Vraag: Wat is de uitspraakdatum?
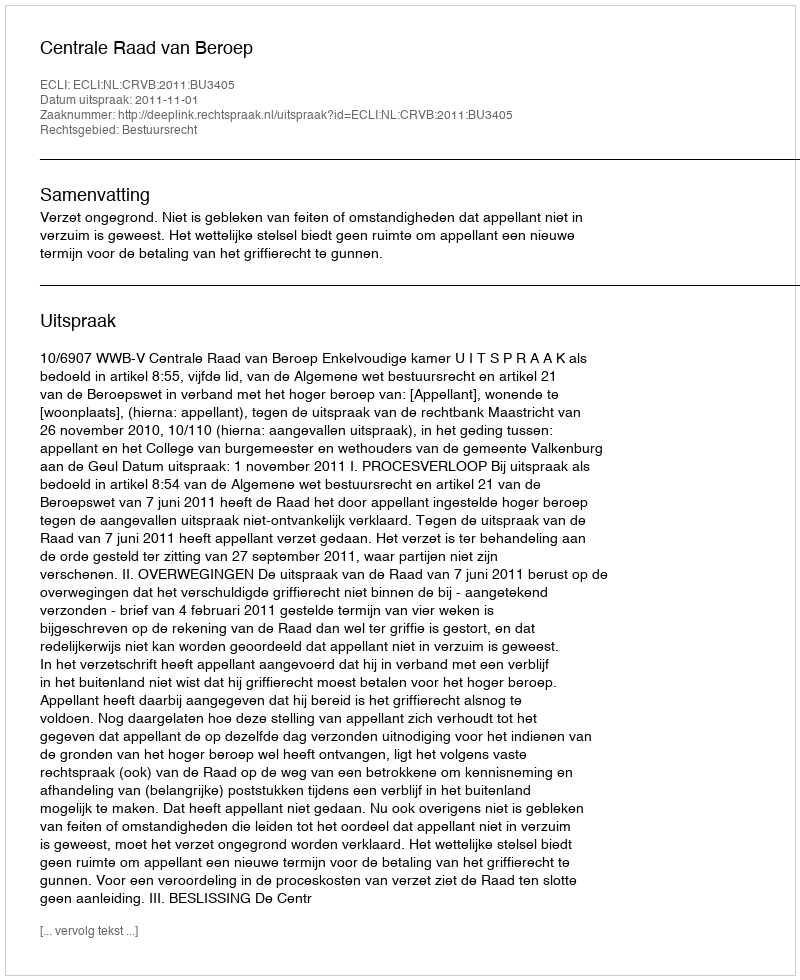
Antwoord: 2011-11-01